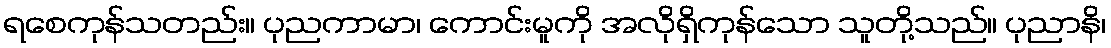
ရစေကုန်သတည်း။ ပုညကာမာ၊ ကောင်းမူကို အလိုရှိကုန်သော သူတို့သည်။ ပုညာနိ၊